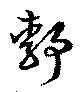
靜